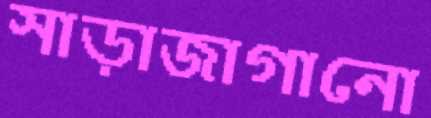
সাড়াজাগানো